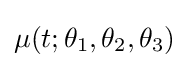
\mu (t;\theta _{1},\theta _{2},\theta _{3})